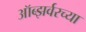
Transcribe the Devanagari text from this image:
ऑब्झर्वरच्या